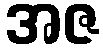
အဇ